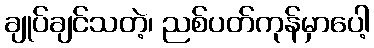
ချုပ်ချင်သတဲ့၊ ညစ်ပတ်ကုန်မှာပေါ့